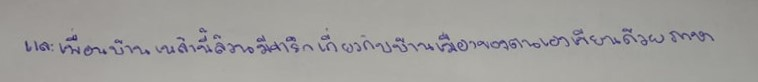
และเพื่อนบ้านเหล่านี้ล้วนมีจารึกเกี่ยวกับบ้านเมืองของตนเองเขียนด้วยภาษา